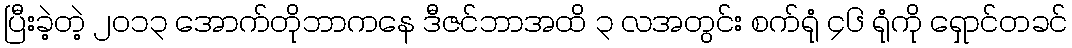
ပြီးခဲ့တဲ့ ၂၀၁၃ အောက်တိုဘာကနေ ဒီဇင်ဘာအထိ ၃ လအတွင်း စက်ရုံ ၄၆ ရုံကို ရှောင်တခင်